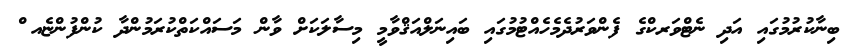
ބިނާކުރުމުގައި އަދި ނެޓްވަރކްގެ ފެންވަރުދެމެހެއްޓުމުގައި ބައިނަލްއަޤްވާމީ މިސާލަކަށް ވާން މަސައްކަތްކުރަމުންދާ ކުންފުންޏެއ ް